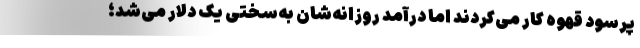
پرسود قهوه کار می‌کردند اما درآمد روزانه‌شان به‌سختی یک دلار می‌شد؛